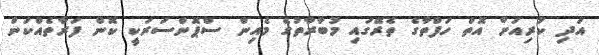
އަދި ކުރިއަށް އޮތް ހަފްތާގެ ތެރޭގައި މުބާރާތުގެ މެއިން ސްޕޮންސަރަކީ ކޮން ފަރާތެއްކަން